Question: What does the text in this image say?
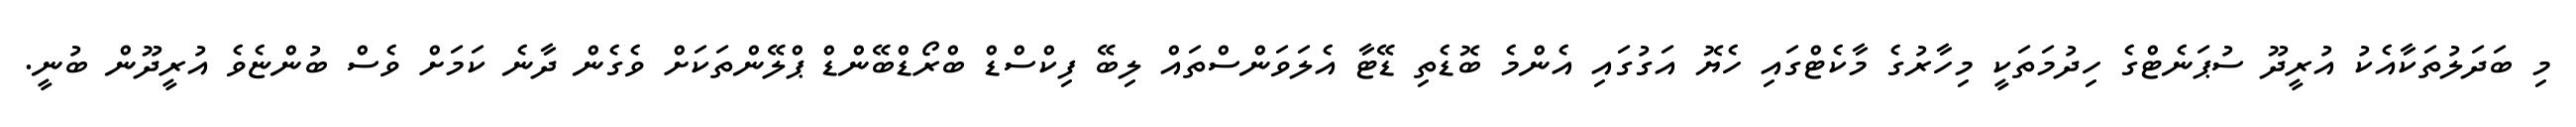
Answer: މި ބަދަލުތަކާއެކު އުރީދޫ ސުޕަނެޓްގެ ހިދުމަތަކީ މިހާރުގެ މާކެޓްގައި ހެޔޮ އަގުގައި އެންމެ ބޮޑެތި ޑޭޓާ އެލަވަންސްތައް ލިބޭ ފިކްސްޑް ބްރޯޑްބޭންޑް ޕްލޭންތަކަށް ވެގެން ދާނެ ކަމަށް ވެސް ބުންޏެވެ އުރީދޫން ބުނީ.